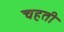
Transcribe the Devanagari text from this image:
चहती